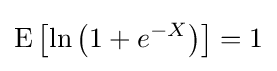
\operatorname {E} \left[\ln \left(1+e^{-X}\right)\right]=1